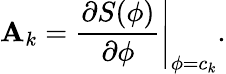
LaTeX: {\mathbf A}_{k}=\left.\frac{\partial{S}(\phi)}{\partial\phi}\right\rvert_{\phi=c_{k}}.